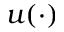
u ( \cdot )